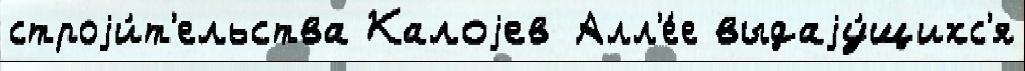
строjи́т'ельства Калоjев Алл'е́е выдаjу́щихс'я